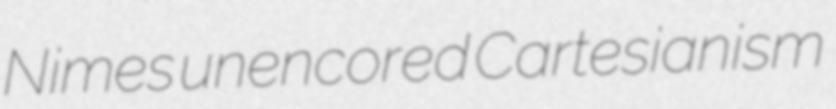
Nimes unencored Cartesianism